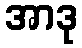
အာဒု